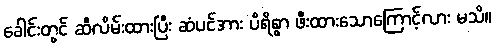
ခေါင်းတွင် ဆီလိမ်းထားပြီး ဆံပင်အား ပိရိစွာ ဖီးထားသောကြောင့်လား မသိ။